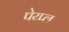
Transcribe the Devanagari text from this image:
पेय्प्ल